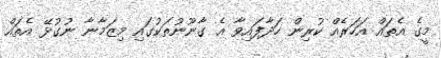
މީގެ އެތައް އަހަރެއް ކުރިން ހަދާފައިވާ އެ ގާނޫނުތަކުގައި މިޒަމާނާ ނުގުޅޭ އެތައް